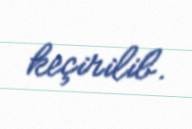
keçirilib.